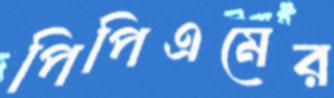
পিপিএমের